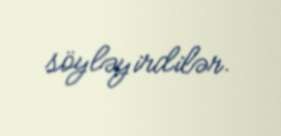
söyləyirdilər.